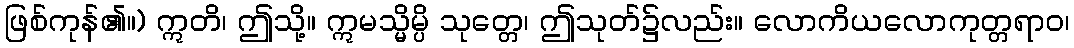
ဖြစ်ကုန်၏။) ဣတိ၊ ဤသို့။ ဣမသ္မိမ္ပိ သုတ္တေ၊ ဤသုတ်၌လည်း။ လောကိယလောကုတ္တရာဝ၊